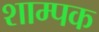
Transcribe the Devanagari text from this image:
शाम्पक